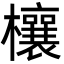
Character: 欀